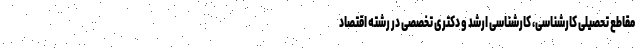
مقاطع تحصیلی کارشناسی، کارشناسی ارشد و دکتری تخصصی در رشته اقتصاد